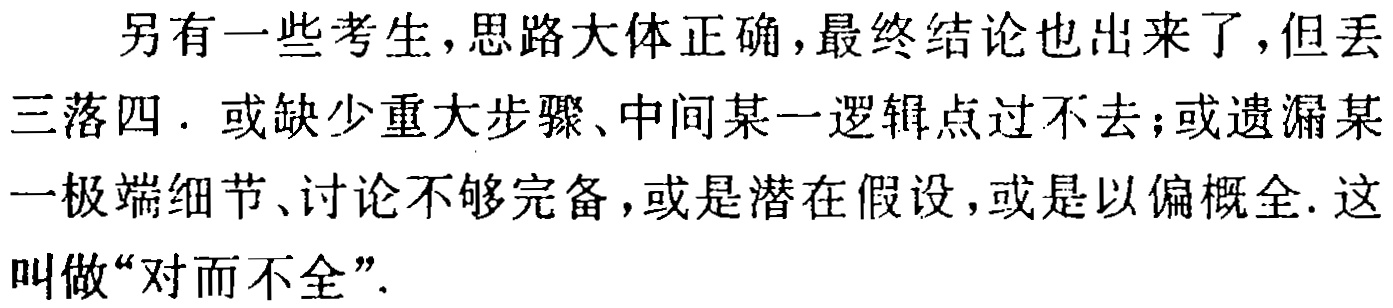
另有一些考生,思路大体正确,最终结论也出来了,但丢三落四. 或缺少重大步骤、中间某一逻辑点过不去;或遗漏某一极端细节、讨论不够完备,或是潜在假设,或是以偏概全. 这叫做“对而不全”.